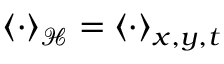
\left< \cdot \right> _ { \mathcal { H } } = \left< \cdot \right> _ { x , y , t }